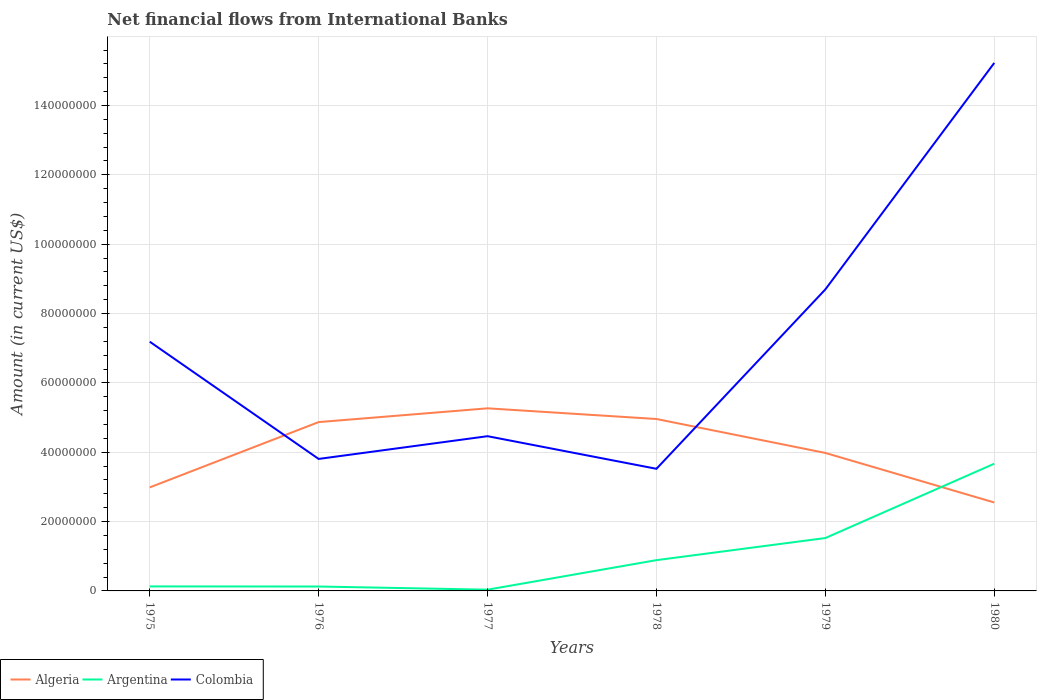
| Years | Algeria | Argentina | Colombia |
 | --- | --- | --- | --- |
 | 1975 | 2.99e+07 | 1.3e+06 | 7.19e+07 |
 | 1976 | 4.87e+07 | 1.27e+06 | 3.81e+07 |
 | 1977 | 5.27e+07 | 3.61e+05 | 4.46e+07 |
 | 1978 | 4.96e+07 | 8.88e+06 | 3.52e+07 |
 | 1979 | 3.98e+07 | 1.53e+07 | 8.7e+07 |
 | 1980 | 2.55e+07 | 3.67e+07 | 1.52e+08 |